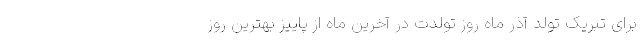
برای تبریک تولد آذر ماه روز تولدت در آخرین ماه از پاییز بهترین روز